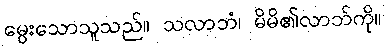
မွေးသောသူသည်။ သလာဘံ၊ မိမိ၏လာဘ်ကို။